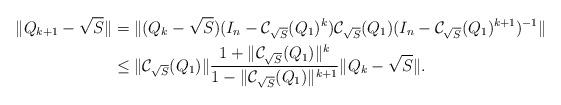
LaTeX: \begin{align*}\|{Q}_{k+1}-\sqrt{S}\|&={\|({Q}_k-\sqrt{S})(I_n-\mathcal{C}_{\sqrt{S}}(Q_1)^k)}\mathcal{C}_{\sqrt{S}}(Q_1)(I_n-\mathcal{C}_{\sqrt{S}}(Q_1)^{k+1})^{-1}\|\\&\leq \|\mathcal{C}_{\sqrt{S}}(Q_1)\|\dfrac{1+ \|\mathcal{C}_{\sqrt{S}}(Q_1)\|^{k}}{1-\|\mathcal{C}_{\sqrt{S}}(Q_1)\|^{k+1}} \|Q_k-\sqrt{S}\|.\end{align*}